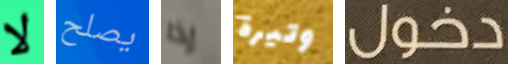
لا يصلح إذا وتيرة دخول